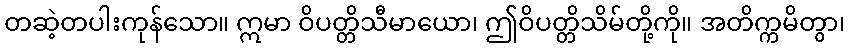
တဆဲ့တပါးကုန်သော။ ဣမာ ဝိပတ္တိသီမာယော၊ ဤဝိပတ္တိသိမ်တို့ကို။ အတိက္ကမိတွာ၊